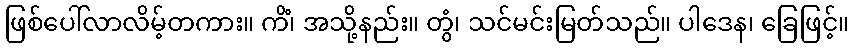
ဖြစ်ပေါ်လာလိမ့်တကား။ ကိံ၊ အသို့နည်း။ တွံ၊ သင်မင်းမြတ်သည်။ ပါဒေန၊ ခြေဖြင့်။